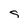
Character: s